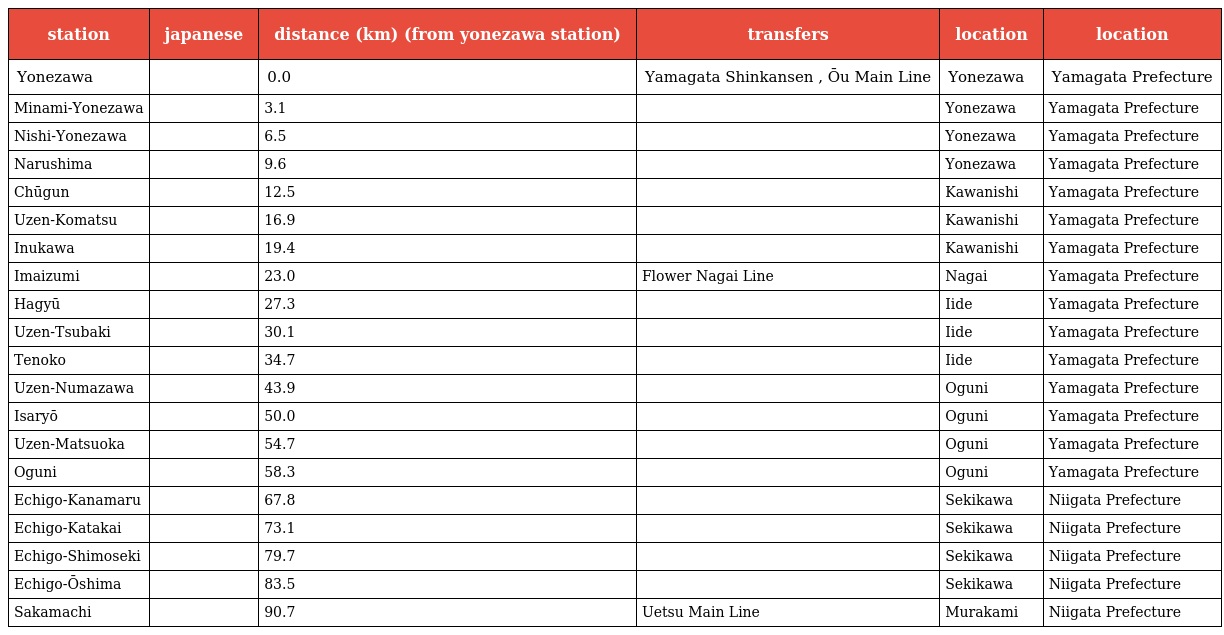
| station | japanese | distance (km) (from yonezawa station) | transfers | location | location |
 | --- | --- | --- | --- | --- | --- |
 | Yonezawa | 米沢 | 0.0 | Yamagata Shinkansen , Ōu Main Line | Yonezawa | Yamagata Prefecture |
 | Minami-Yonezawa | 南米沢 | 3.1 |  | Yonezawa | Yamagata Prefecture |
 | Nishi-Yonezawa | 西米沢 | 6.5 |  | Yonezawa | Yamagata Prefecture |
 | Narushima | 成島 | 9.6 |  | Yonezawa | Yamagata Prefecture |
 | Chūgun | 中郡 | 12.5 |  | Kawanishi | Yamagata Prefecture |
 | Uzen-Komatsu | 羽前小松 | 16.9 |  | Kawanishi | Yamagata Prefecture |
 | Inukawa | 犬川 | 19.4 |  | Kawanishi | Yamagata Prefecture |
 | Imaizumi | 今泉 | 23.0 | Flower Nagai Line | Nagai | Yamagata Prefecture |
 | Hagyū | 萩生 | 27.3 |  | Iide | Yamagata Prefecture |
 | Uzen-Tsubaki | 羽前椿 | 30.1 |  | Iide | Yamagata Prefecture |
 | Tenoko | 手ノ子 | 34.7 |  | Iide | Yamagata Prefecture |
 | Uzen-Numazawa | 羽前沼沢 | 43.9 |  | Oguni | Yamagata Prefecture |
 | Isaryō | 伊佐領 | 50.0 |  | Oguni | Yamagata Prefecture |
 | Uzen-Matsuoka | 羽前松岡 | 54.7 |  | Oguni | Yamagata Prefecture |
 | Oguni | 小国 | 58.3 |  | Oguni | Yamagata Prefecture |
 | Echigo-Kanamaru | 越後金丸 | 67.8 |  | Sekikawa | Niigata Prefecture |
 | Echigo-Katakai | 越後片貝 | 73.1 |  | Sekikawa | Niigata Prefecture |
 | Echigo-Shimoseki | 越後下関 | 79.7 |  | Sekikawa | Niigata Prefecture |
 | Echigo-Ōshima | 越後大島 | 83.5 |  | Sekikawa | Niigata Prefecture |
 | Sakamachi | 坂町 | 90.7 | Uetsu Main Line | Murakami | Niigata Prefecture |